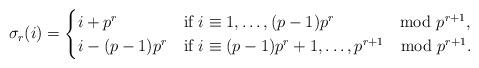
LaTeX: \begin{align*}\sigma_r (i) =\begin{cases}i + p^r &\mbox{if } i \equiv 1, \ldots, (p-1)p^r \qquad\quad\mod p^{r+1}, \\i - (p-1)p^r & \mbox{if } i \equiv (p-1)p^r+1, \ldots, p^{r+1} \mod p^{r+1}.\end{cases}\end{align*}